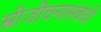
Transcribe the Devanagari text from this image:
स्त्रीजीवनासंबंधी